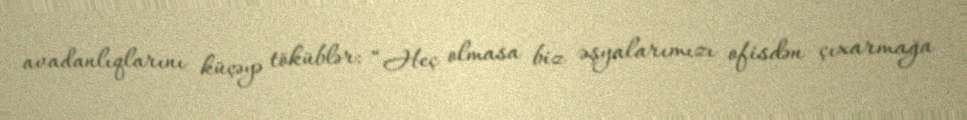
avadanlıqlarını küçəyə töküblər: “Heç olmasa biz əşyalarımızı ofisdən çıxarmağa